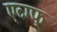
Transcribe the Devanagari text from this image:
एव्ग्फ्